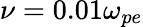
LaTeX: \nu=0.01\omega_{pe}